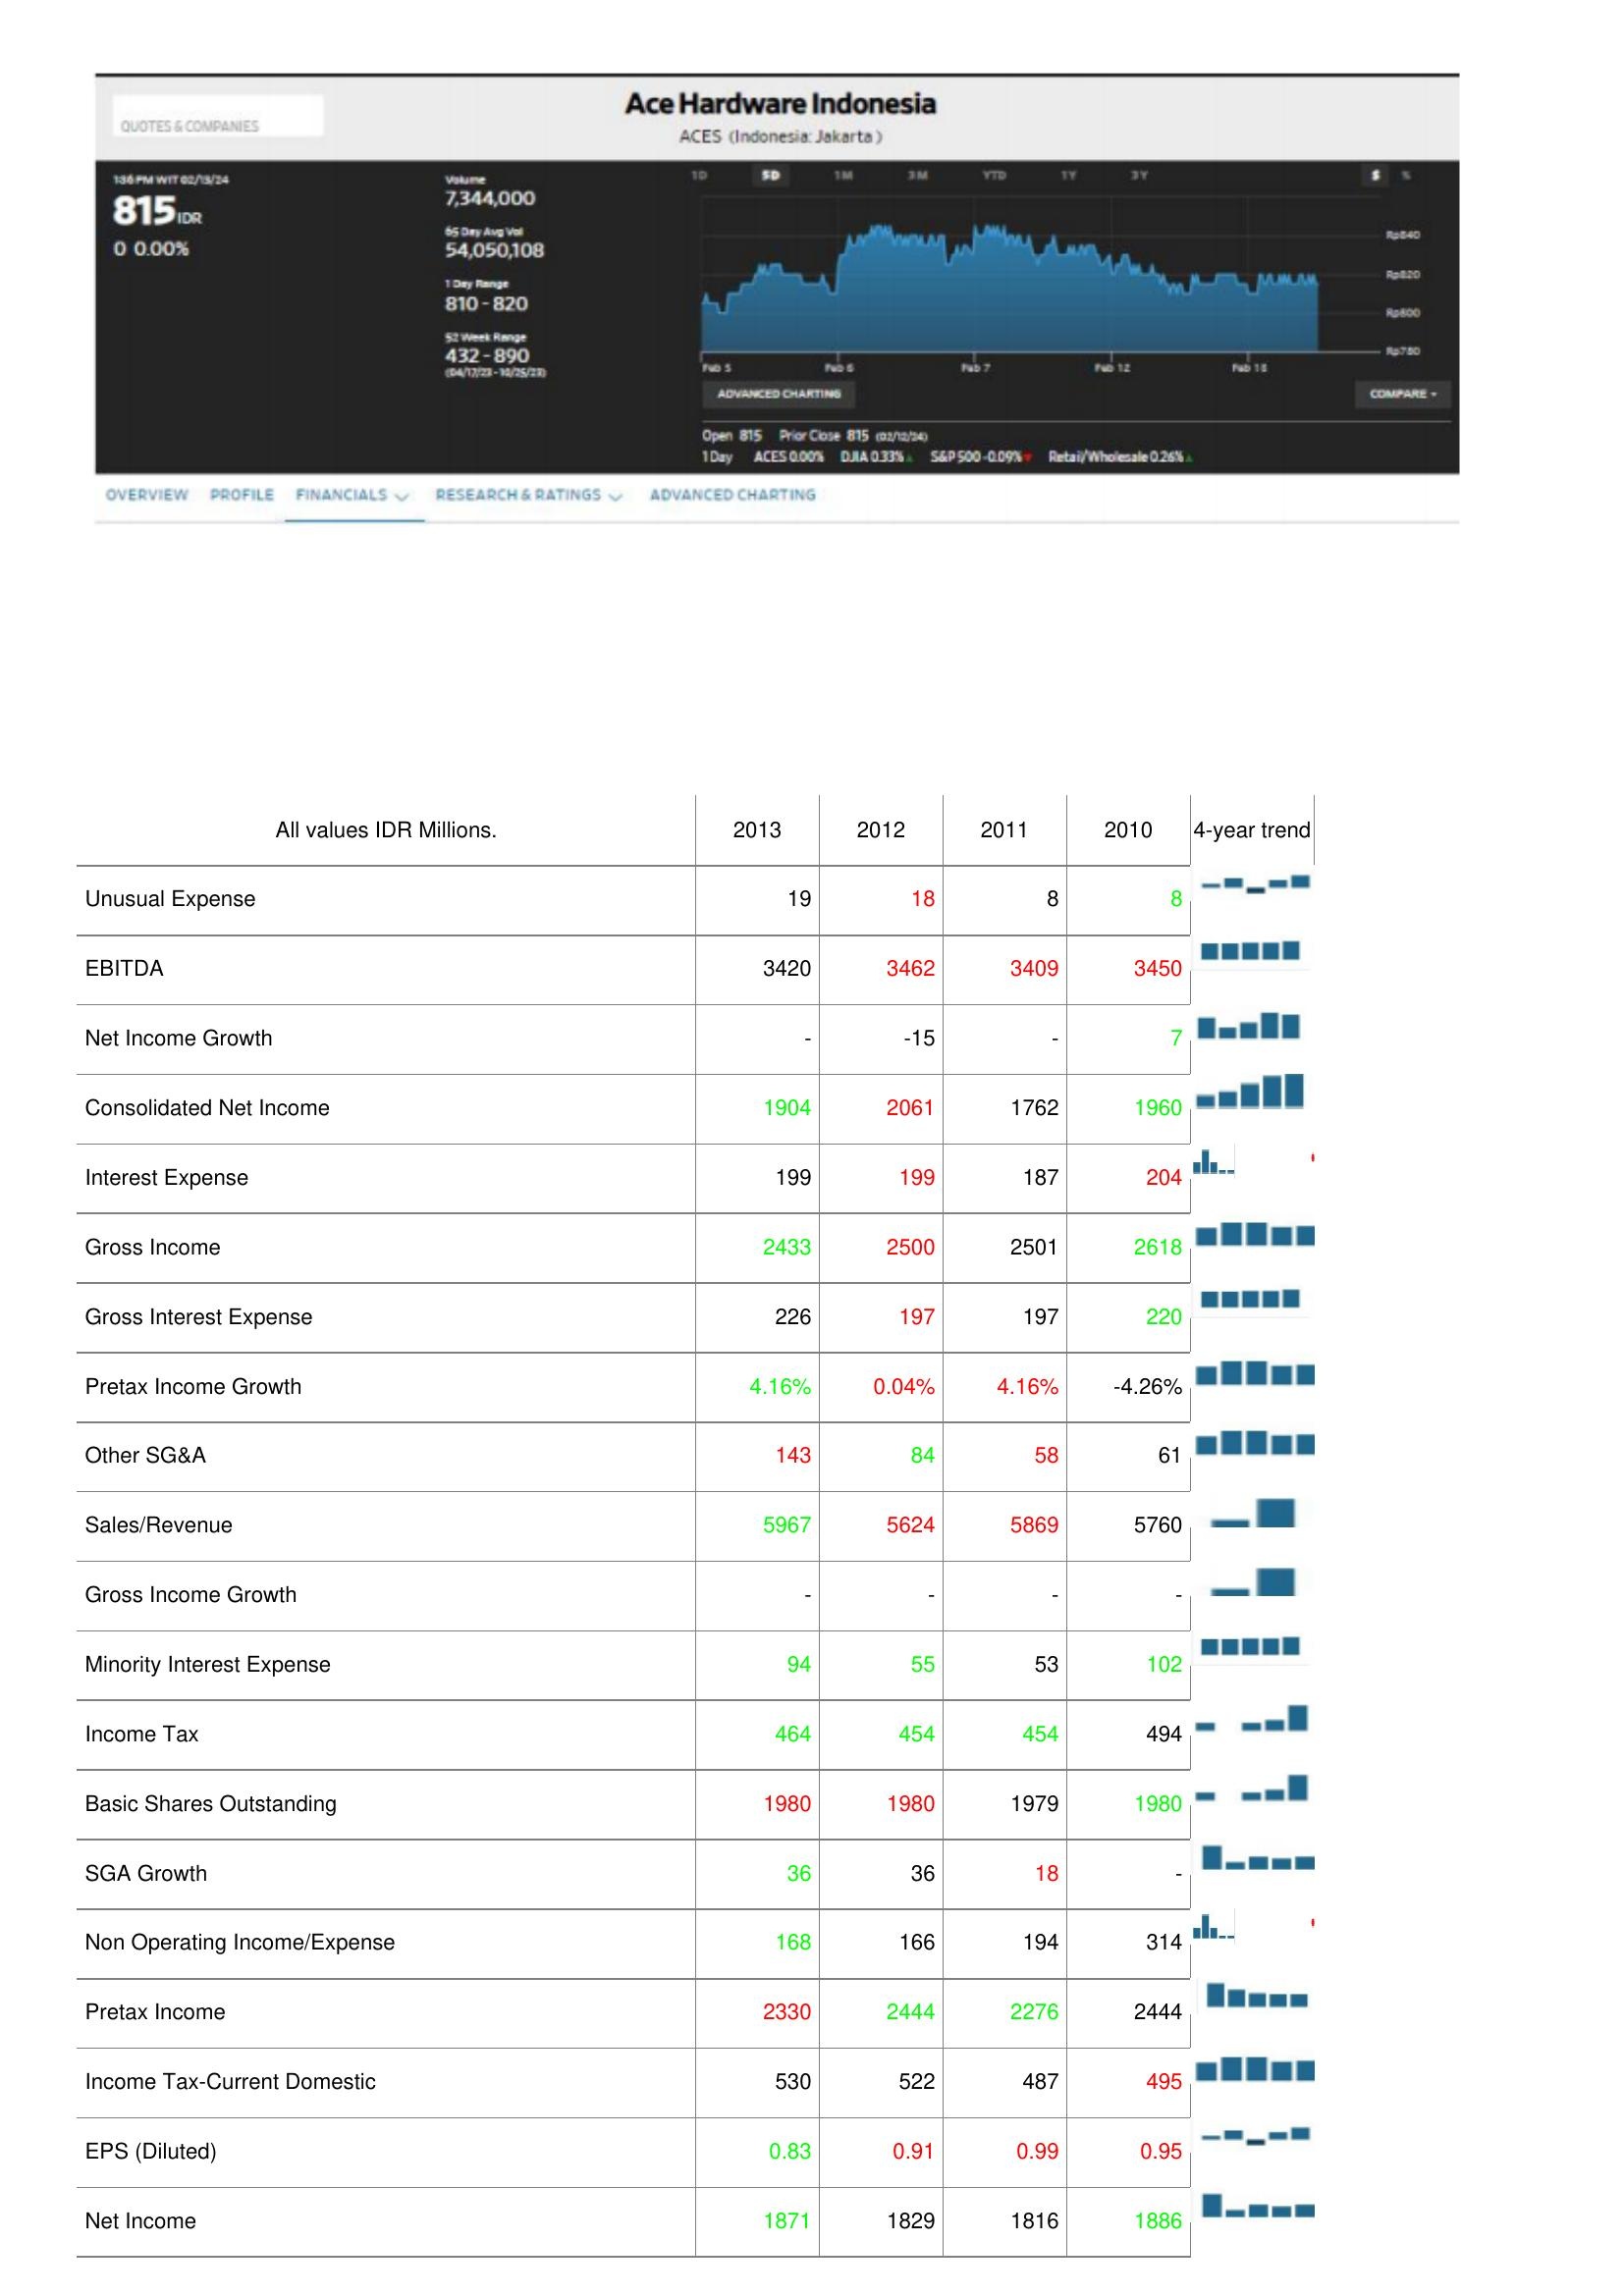
2013: : Unusual Expense: 19
EBITDA: 3420
Net Income Growth: -
Consolidated Net Income: 1904
Interest Expense: 199
Gross Income: 2433
Gross Interest Expense: 226
Pretax Income Growth: 4.16%
Other SG&A: 143
Sales/Revenue: 5967
Gross Income Growth: -
Minority Interest Expense: 94
Income Tax: 464
Basic Shares Outstanding: 1980
SGA Growth: 36
Non Operating Income/Expense: 168
Pretax Income: 2330
Income Tax-Current Domestic: 530
EPS (Diluted): 0.83
Net Income: 1871
2012: : Unusual Expense: 18
EBITDA: 3462
Net Income Growth: -15
Consolidated Net Income: 2061
Interest Expense: 199
Gross Income: 2500
Gross Interest Expense: 197
Pretax Income Growth: 0.04%
Other SG&A: 84
Sales/Revenue: 5624
Gross Income Growth: -
Minority Interest Expense: 55
Income Tax: 454
Basic Shares Outstanding: 1980
SGA Growth: 36
Non Operating Income/Expense: 166
Pretax Income: 2444
Income Tax-Current Domestic: 522
EPS (Diluted): 0.91
Net Income: 1829
2011: : Unusual Expense: 8
EBITDA: 3409
Net Income Growth: -
Consolidated Net Income: 1762
Interest Expense: 187
Gross Income: 2501
Gross Interest Expense: 197
Pretax Income Growth: 4.16%
Other SG&A: 58
Sales/Revenue: 5869
Gross Income Growth: -
Minority Interest Expense: 53
Income Tax: 454
Basic Shares Outstanding: 1979
SGA Growth: 18
Non Operating Income/Expense: 194
Pretax Income: 2276
Income Tax-Current Domestic: 487
EPS (Diluted): 0.99
Net Income: 1816
2010: : Unusual Expense: 8
EBITDA: 3450
Net Income Growth: 7
Consolidated Net Income: 1960
Interest Expense: 204
Gross Income: 2618
Gross Interest Expense: 220
Pretax Income Growth: -4.26%
Other SG&A: 61
Sales/Revenue: 5760
Gross Income Growth: -
Minority Interest Expense: 102
Income Tax: 494
Basic Shares Outstanding: 1980
SGA Growth: -
Non Operating Income/Expense: 314
Pretax Income: 2444
Income Tax-Current Domestic: 495
EPS (Diluted): 0.95
Net Income: 1886